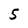
Character: 5